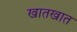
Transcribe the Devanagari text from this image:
खातखात